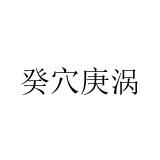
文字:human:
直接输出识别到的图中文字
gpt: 癸穴庚涡